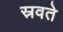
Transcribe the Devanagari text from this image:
स्रवते